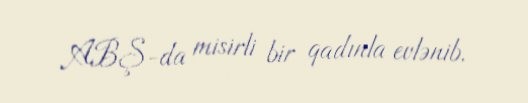
ABŞ-da misirli bir qadınla evlənib.